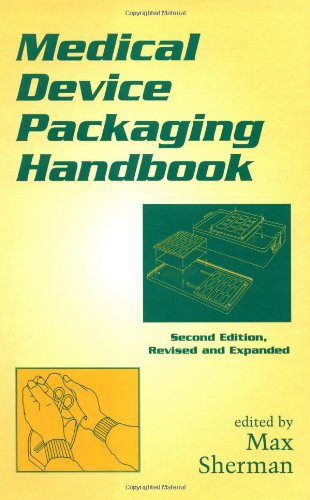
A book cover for Medical Device Packaging Handbook, Second Edition, Revised and Expanded (Packaging and Converting Technology); Medical Books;